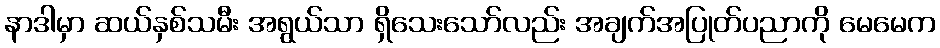
နာဒါမှာ ဆယ်နှစ်သမီး အရွယ်သာ ရှိသေးသော်လည်း အချက်အပြုတ်ပညာကို မေမေက